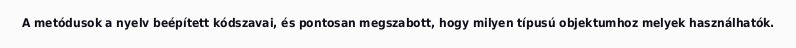
A metódusok a nyelv beépített kódszavai, és pontosan megszabott, hogy milyen típusú objektumhoz melyek használhatók.